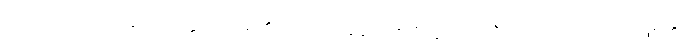
ပလေတိုးကား ဆော့ခရတ္တိ ပညာရှိ၏ တပည့် အပေါင်းတို့တွင် အကြီးကျယ်ဆုံး ပုဂ္ဂိုလ် ဖြစ်၏။